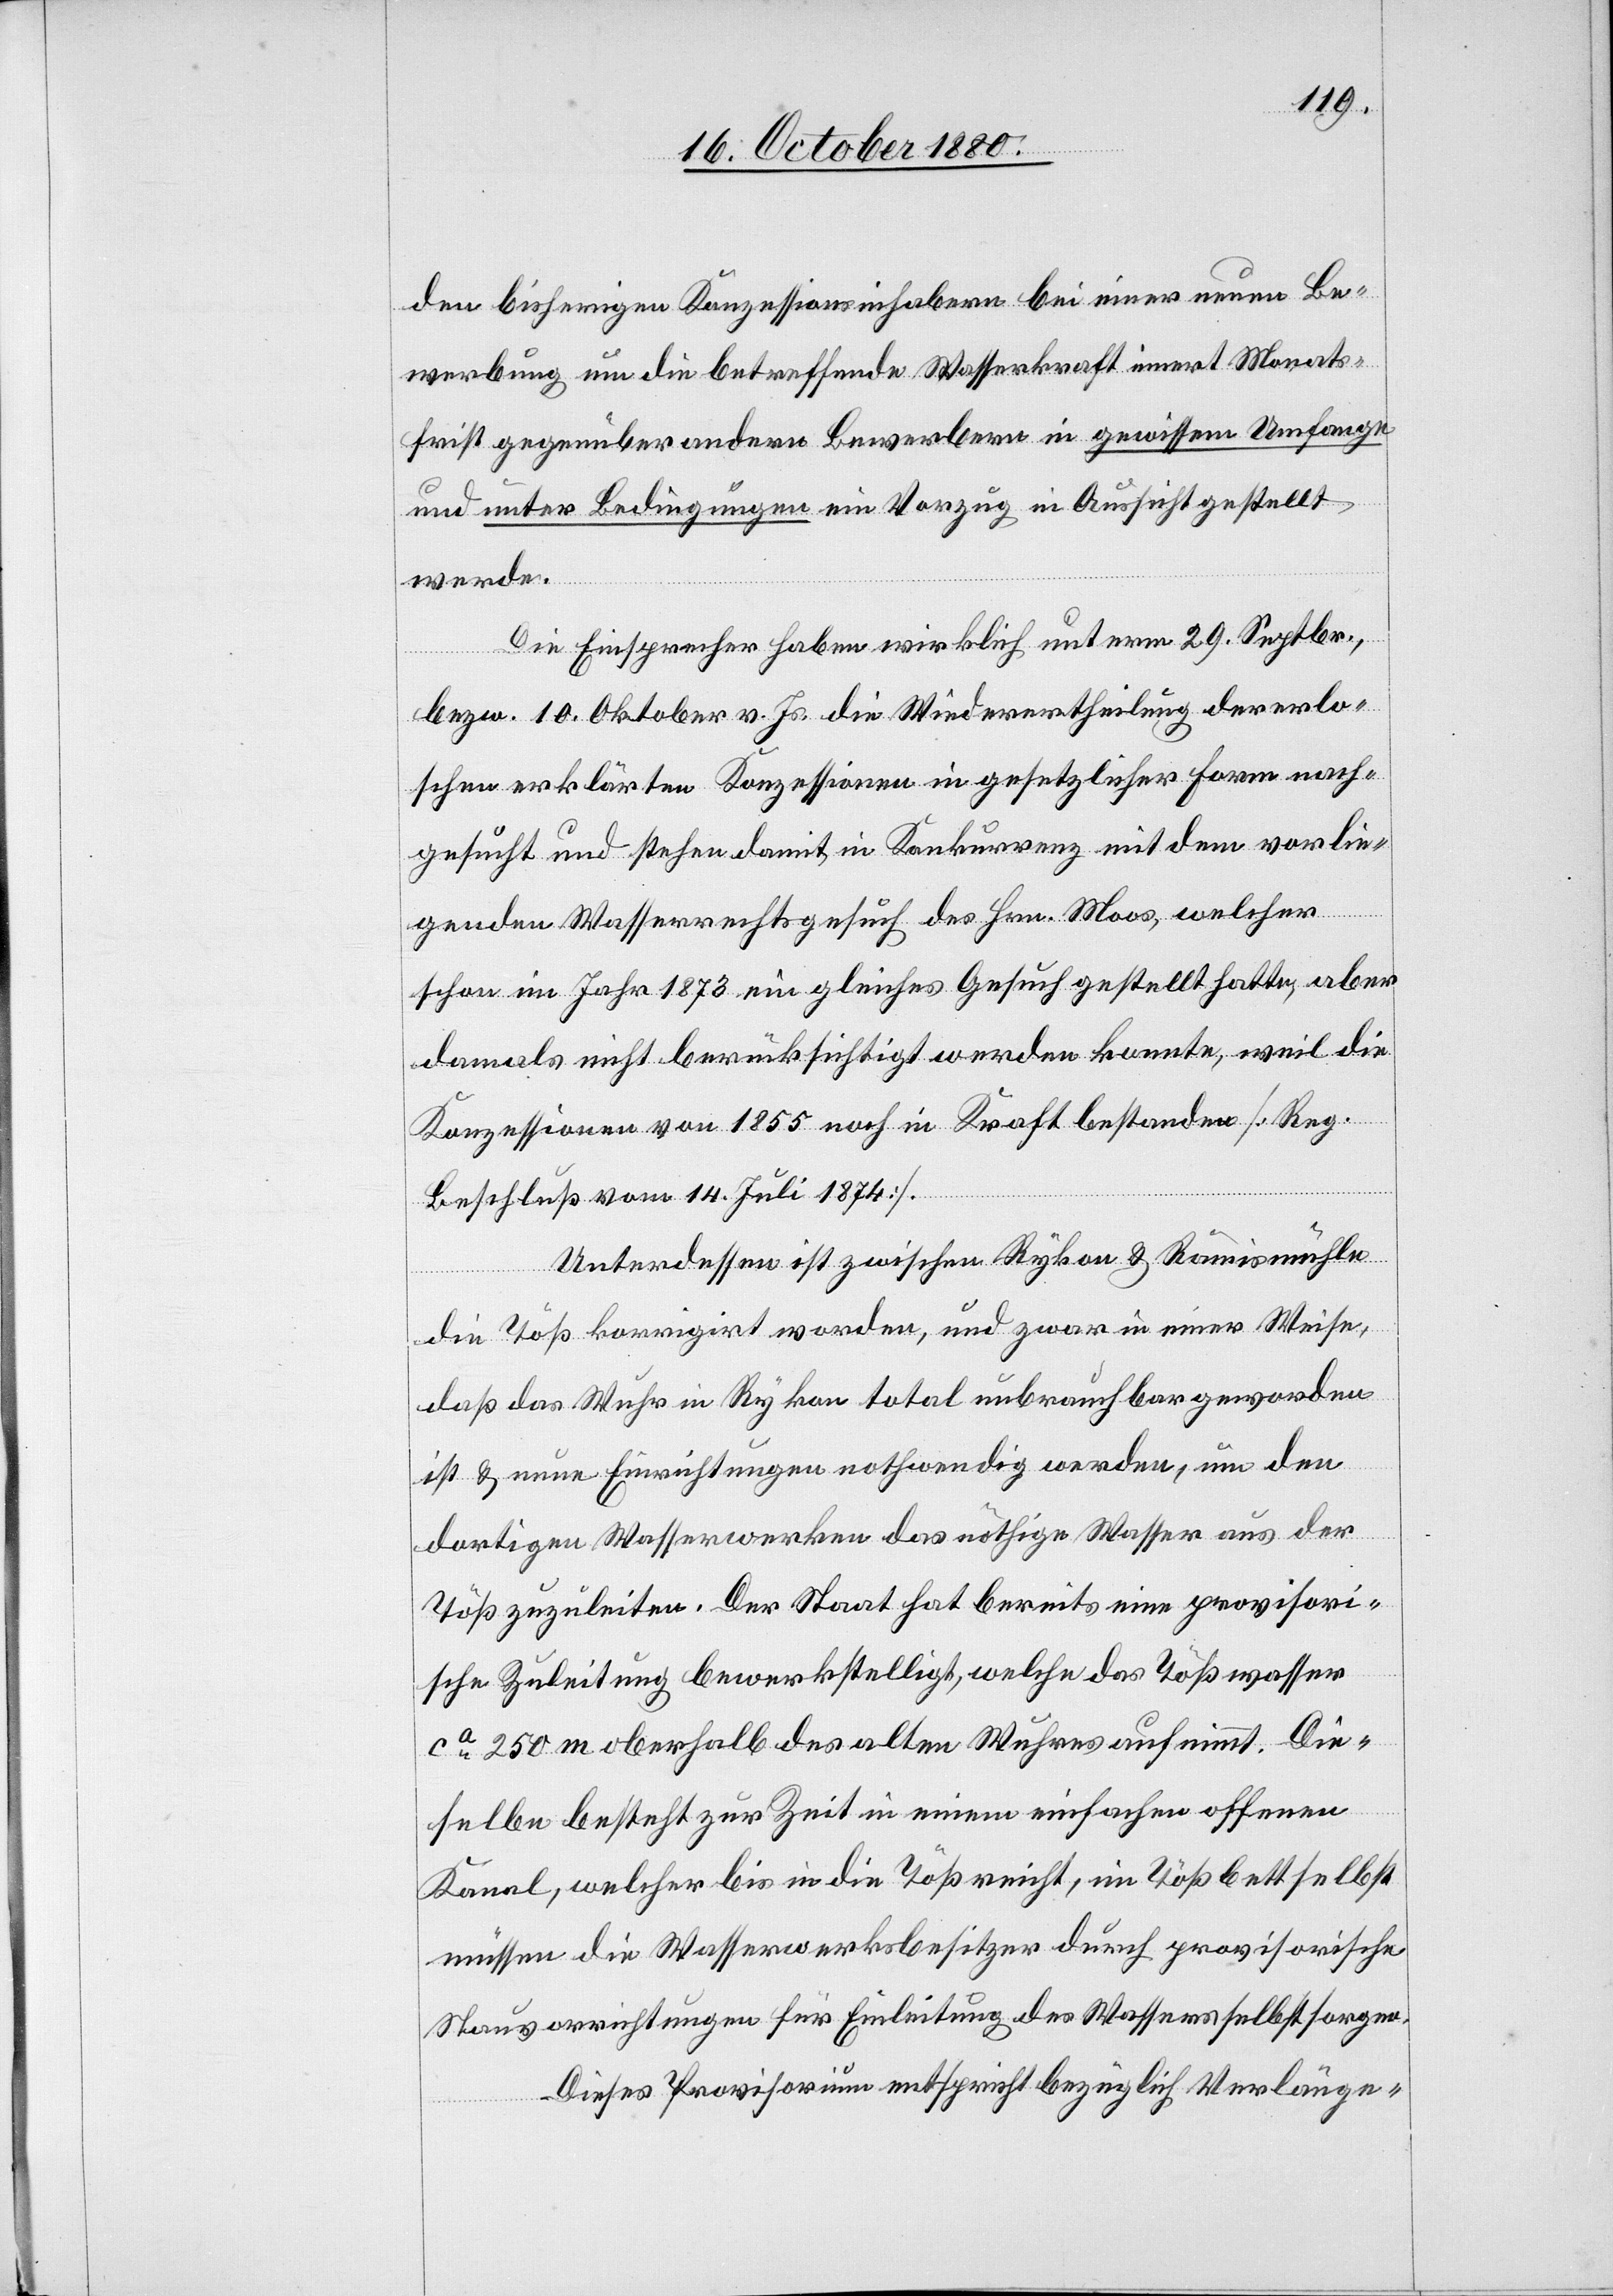
den bisherigen Konzessionsinhabern bei einer neuen Be¬
werbung um die betreffende Wasserkraft innert Monats¬
frist gegenüber anderer Bewerber in gewissem Umfange
und unter Bedingungen ein Vorzug in Aussicht gestellt
werde.
Die Einsprecher haben wirklich unterm 29.Septbr.,
bezw. 10. Oktober v. Js. die Wiederertheilung der erlo¬
schen erklärten Konzessionen in gesetzlicher Form nach¬
gesucht und stehen damit in Konkurrenz mit dem vorlie¬
genden Wasserrechtsgesuch des Hrn. Moos, welcher
schon im Jahr 1873 ein gleiches Gesuch gestellt hatte, aber
damals nicht berücksichtigt werden konnte, weil die
Konzessionen von 1855 noch in Kraft bestanden [Reg.
Beschluß vom 14. Juli 1874].
Unterdessen ist zwischen Rykon & Rämismühle
die Töß korrigirt worden, und zwar in einer Weise
daß das Wuhr in Rykon total unbrauchbar geworden
ist & neue Einrichtungen nothwendig werden, um den
dortigen Wasserwerken das nöthige Wasser aus der
Töß zuzuleiten. Der Staat hat bereits eine provisori¬
sche Zuleitung bewerkstelligt, welche das Tößwasser
ca 250 m oberhalb des alten Wuhres aufnimmt. Die¬
selbe besteht zur Zeit in einem einfachen offenen
Kanal, welcher bis in die Töß reicht, im Tößbett selbst
müssen die Wasserwerksbesitzer durch provisorische
Stauvorrichtungen für Einleitung des Wassers selbst sorgen.
Dieses Provisorium entspricht bezüglich Verlänge-